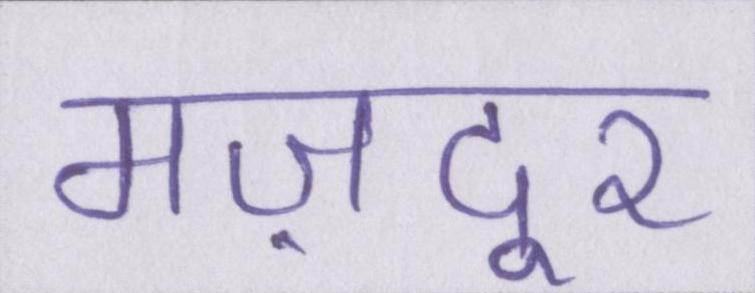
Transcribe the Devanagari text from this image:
मज़दूर